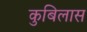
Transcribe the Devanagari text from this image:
कुबिलास